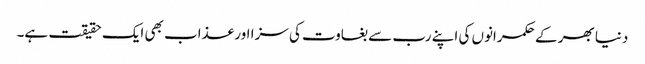
دنیا بھر کے حکمرانوں کی اپنے رب سے بغاوت کی سزا اور عذاب بھی ایک حقیقت ہے۔